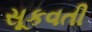
સૂકવતી